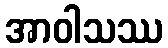
အာဝါသဿ